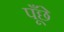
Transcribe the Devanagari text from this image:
पूँछे